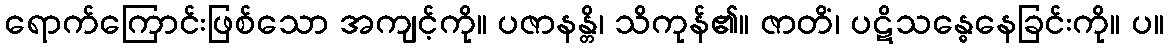
ရောက်ကြောင်းဖြစ်သော အကျင့်ကို။ ပဇာနန္တိ၊ သိကုန်၏။ ဇာတိံ၊ ပဋိသန္ဓေနေခြင်းကို။ ပ။